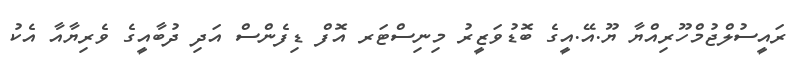
ރައީސުލްޖުމްހޫރިއްޔާ ޔޫ.އޭ.އީގެ ބޮޑުވަޒީރު މިނިސްޓަރ އޮފް ޑިފެންސް އަދި ދުބާއީގެ ވެރިޔާއާ އެކު